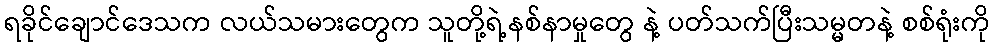
ရခိုင်ချောင်ဒေသက လယ်သမားတွေက သူတို့ရဲ့နစ်နာမှုတွေ နဲ့ ပတ်သက်ပြီးသမ္မတနဲ့ စစ်ရုံးကို